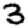
Digit: 3